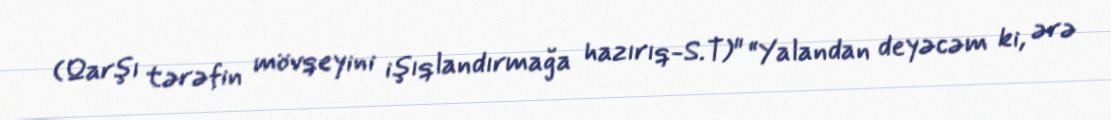
(Qarşı tərəfin mövqeyini işıqlandırmağa hazırıq-S.T)" “Yalandan deyəcəm ki, ərə